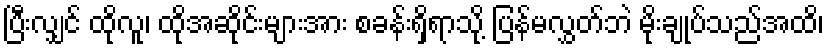
ပြီးလျှင် ထိုလူ၊ ထိုအဆိုင်းများအား စခန်းရှိရာသို့ ပြန်မလွှတ်ဘဲ မိုးချုပ်သည်အထိ၊